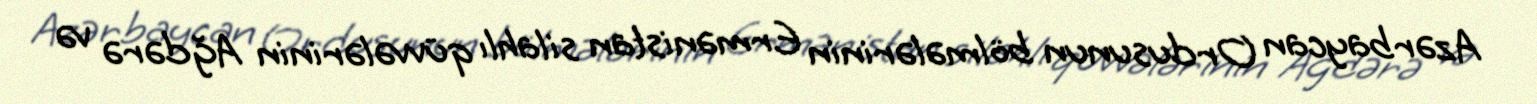
Azərbaycan Ordusunun bölmələrinin Ermənistan silahlı qüvvələrinin Ağdərə və